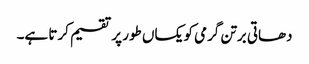
دھاتی برتن گرمی کو یکساں طور پر تقسیم کرتا ہے۔